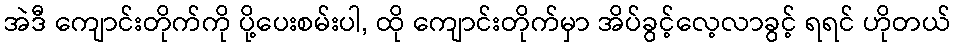
အဲဒီ ကျောင်းတိုက်ကို ပို့ပေးစမ်းပါ, ထို ကျောင်းတိုက်မှာ အိပ်ခွင့်လေ့လာခွင့် ရရင် ဟိုတယ်